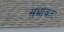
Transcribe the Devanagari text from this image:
संभावतः